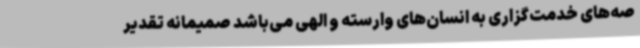
صه‌های خدمت‌گزاری به انسان‌های وارسته و الهی می‌باشد صمیمانه تقدیر